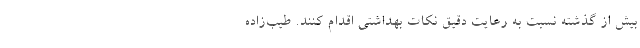
بیش از گذشته نسبت به رعایت دقیق نکات بهداشتی اقدام کنند. طیب‌زاده